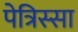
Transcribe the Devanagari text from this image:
पेत्रिस्सा